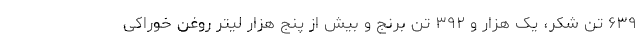
۶۳۹ تن شکر، یک هزار و ۳۹۲ تن برنج و بیش از پنج هزار لیتر روغن خوراکی